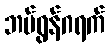
ဘမ်ရွန်ဂရက်